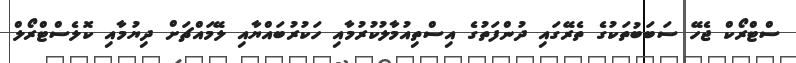
ސްޓްރޯކް ޖެހޭ ސަބަބުތަކުގެ ތެރޭގައި ދުންފަތުގެ އިސްތިއުމާލުކުރުމާއި ހަކުރުބައްޔާއި ލޭމައްޗަށް ދިޔުމާއި ކޮލެސްޓްރޯލް